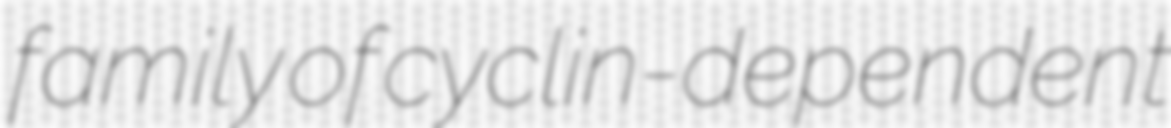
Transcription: family of cyclin-dependent